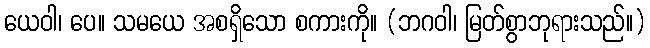
ယေဝါ၊ ပေ။ သမယေ အစရှိသော စကားကို။ (ဘဂဝါ၊ မြတ်စွာဘုရားသည်။)